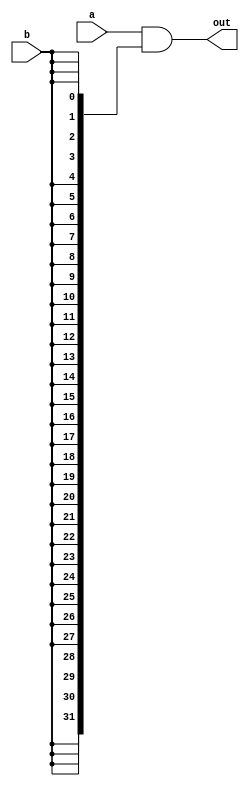
module partial_mult #(
    parameter DATA_WIDTH = 32
) (
    input [DATA_WIDTH-1:0] a,
    input b,
    output [DATA_WIDTH-1:0] out
    );

    /* Multiplicaciones parciales */
    assign out = a & {DATA_WIDTH{b}};

endmodule